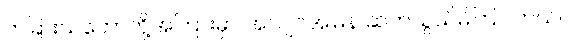
တခြားသဘော်တို့အကြားမှာ အလျင်အမြန် ဆက်သွယ်မိကြပါတယ်။